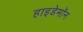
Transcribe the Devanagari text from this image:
हाइडेमॉन